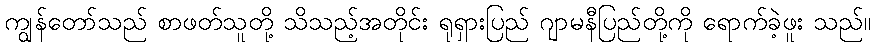
ကျွန်တော်သည် စာဖတ်သူတို့ သိသည့်အတိုင်း ရုရှားပြည် ဂျာမနီပြည်တို့ကို ရောက်ခဲ့ဖူး သည်။